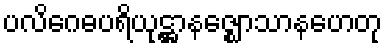
ပလိဂေဓပရိယုဋ္ဌာနဇ္ဈောသာနဟေတု